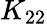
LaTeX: K_{22}